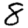
Digit: 8